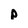
Character: p